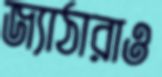
জ্যাঠারাও